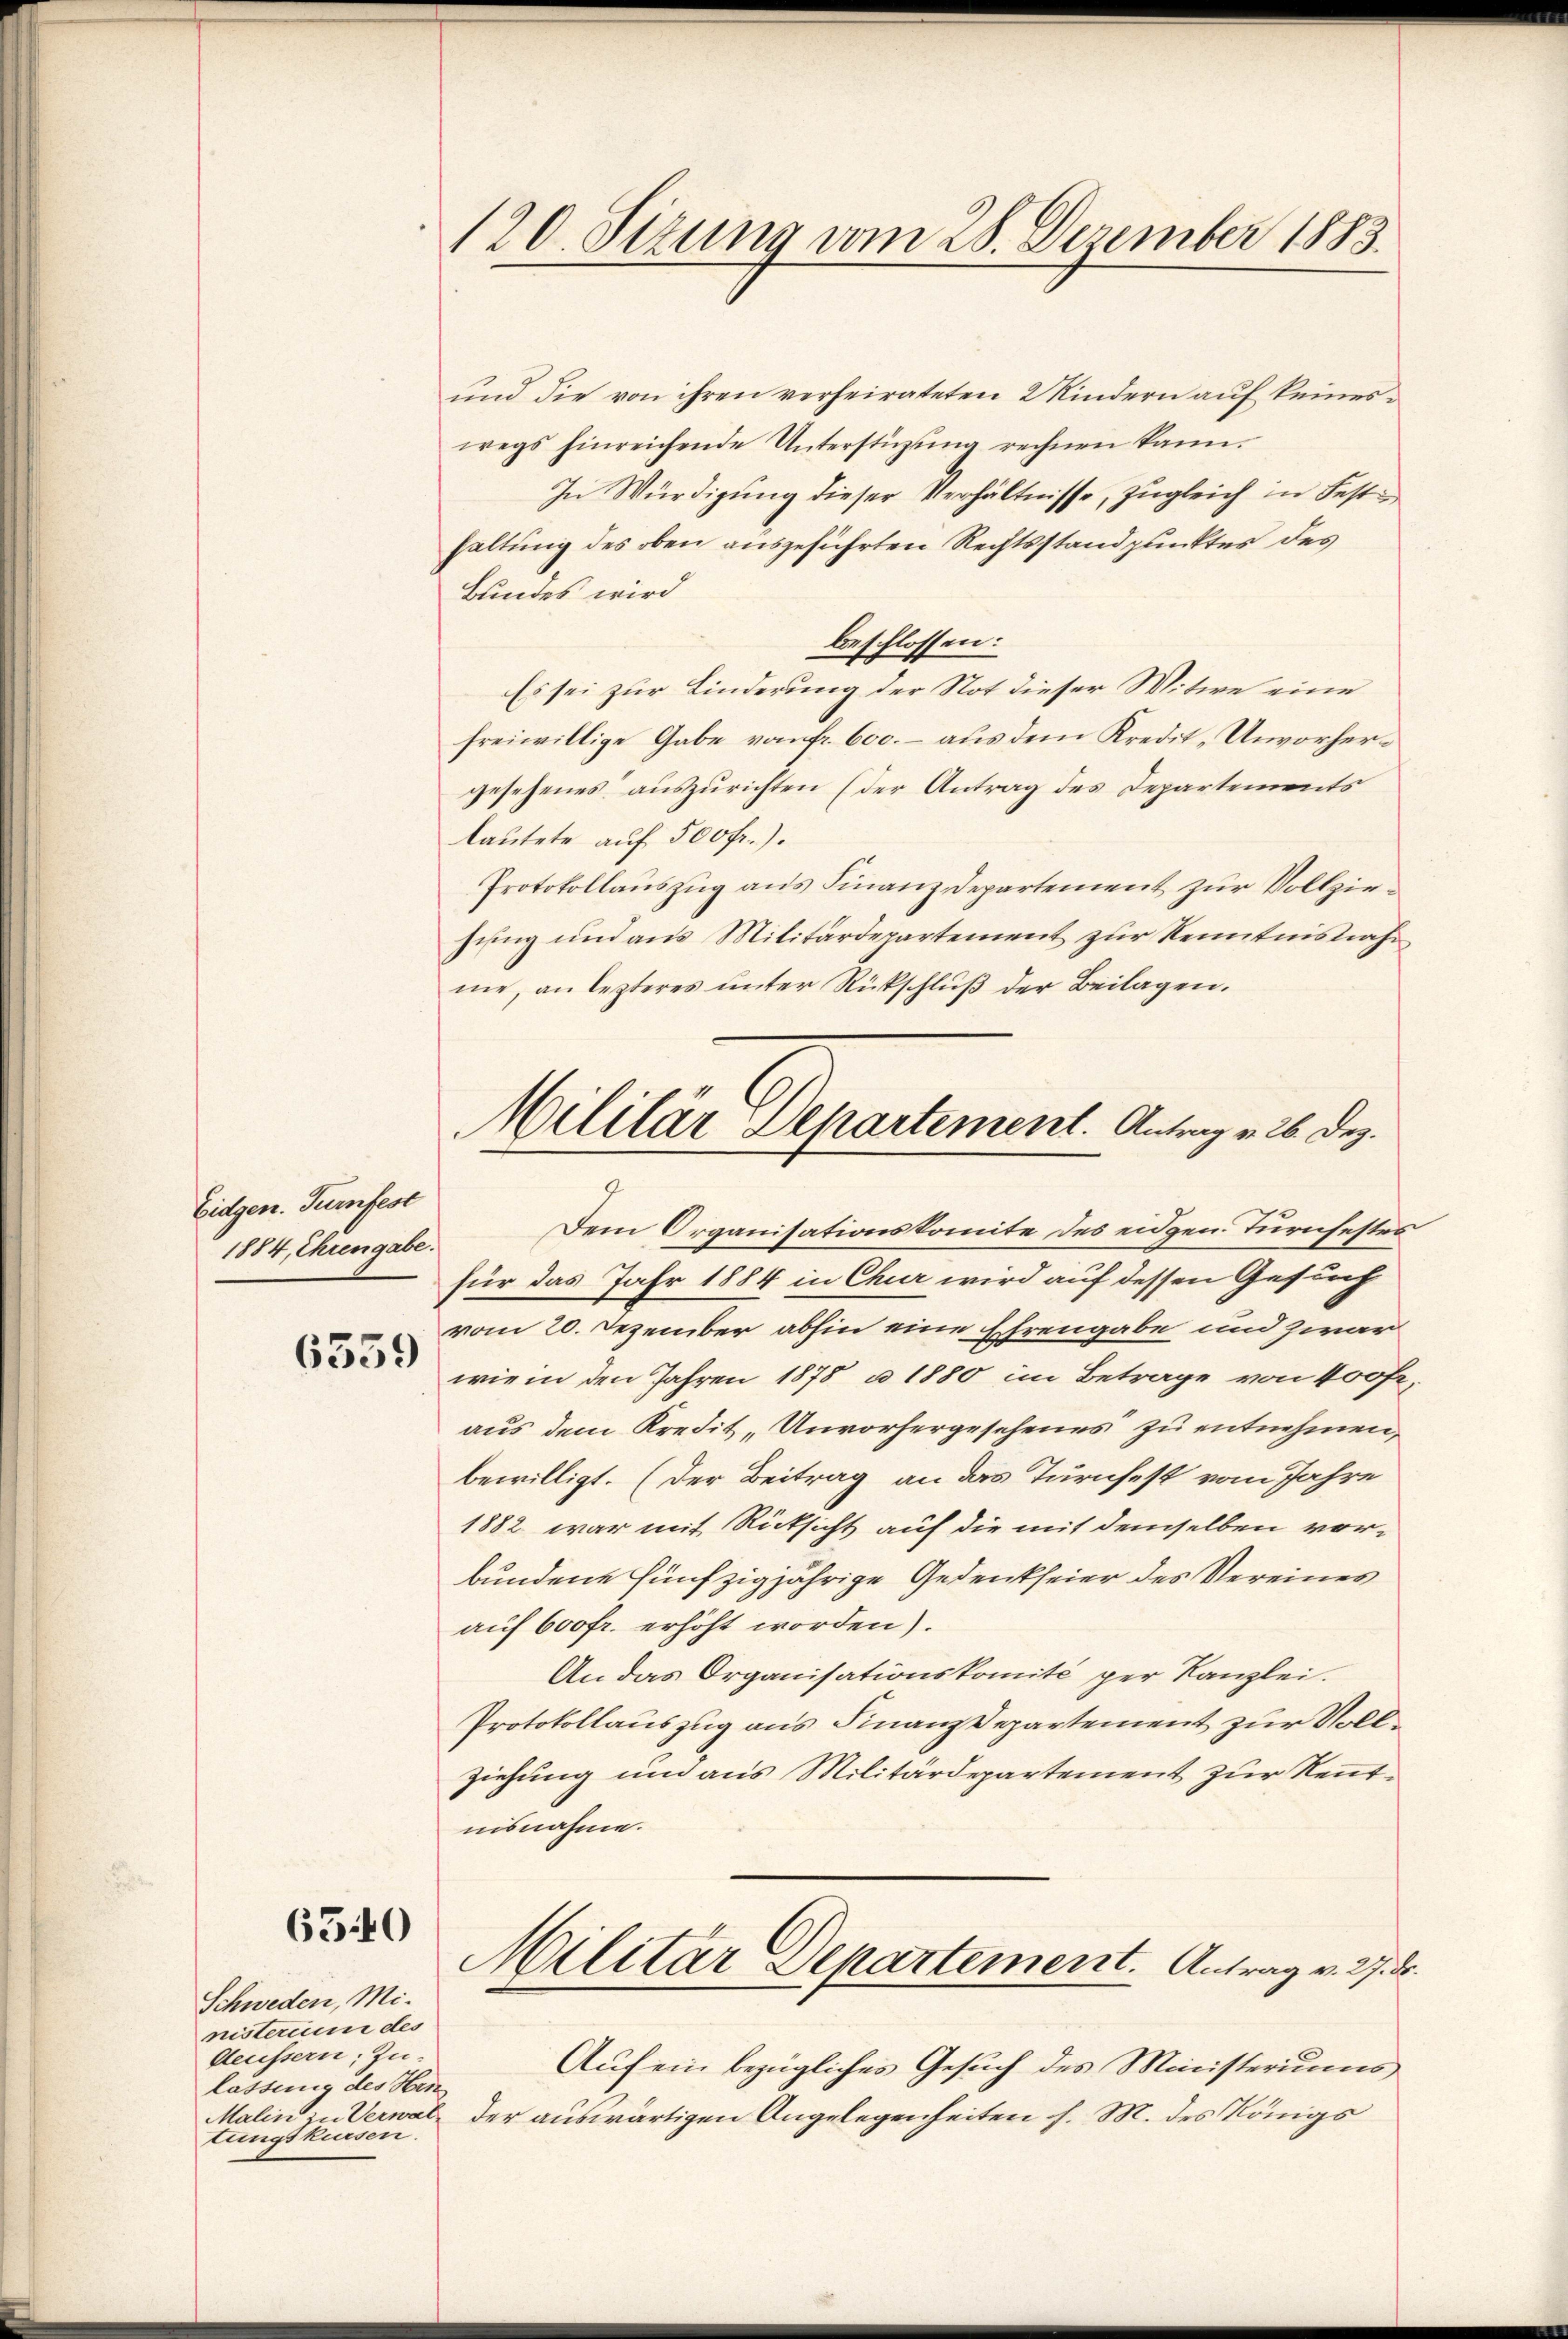
Eidgen. Turnfest
1884, Ehrengabe.

6359

6540

Schweden, Mi-
nisterium des
Aeussern; Zu-
lassung des Hrn
tungskursen.

120. Sizung vom 28. Dezember 1883.

und die von ihren verheirateten 2 Kindern auf keineswegs hinreichende Unterstützŭng rechnen kann.
In Würdigung dieser Verhältnisse, zugleich in Festhaltung des oben ausgeführten Rechtsstandpunktes des
Bundes wird
beschlossen:
Es sei zur Linderung der Not dieser Witwe eine
freiwillige Gabe vom fr. 600. – aus dem Kredit „Unvorhergesehenes auszurichten (der Antrag des Departements
lautete auf 500 fr.).
Protokollauszug aus Finanzdepartement zur Vollziesung und aus Militärdepartement zur Kenntnisnaheme, an lezteres unter Rückschlŭβ der Beilagen.
Dem Organisationskomite des eidgen. Türnfestes
für das Jahr 1884 in Chur wird auf dessen Gesuch
vom 20. Dezember abhin eine Ehrengabe und zwar
wie in den Jahren 1878 u. 1880 im Betrage von 400fr.
aus dem Kredit „Unvorhergesehenes zu entnehmen,
bewilligt. (Der Beitrag an das Turnfest vom Jahre
1882 war mit Rücksicht auf die mit demselben vorbundene fünfzigjährige Gedenkheier des Vereines
auf 600fr. erhöht worden).
An das Organisationskomité per Kanzlei.
Protokollauszug aus Finanzdepartement zur Vollziehung und aus Militärdepartement zur Rentnisnahme.
Militär Departement. Antrag v. 27. ds.
Auf ein bezügliches Gesuch des Ministeriums
Malin zu Verwal, der auswärtigen Angelegenheiten h. M. des Königs

Mililär Departement. Antrag v. 26. Dez.